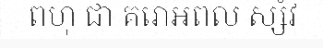
ពហុ ជា គរោអពល ស្សំវ